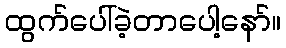
ထွက်ပေါ်ခဲ့တာပေါ့နော်။